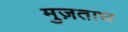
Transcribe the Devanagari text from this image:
मुज़ताघ